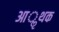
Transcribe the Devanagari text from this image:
आॢथक